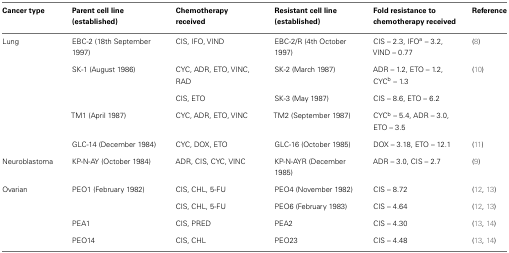
| Cancer type | Parent cell line (established) | Chemotherapy received | Resistant cell line (established) | Fold resistance to chemotherapy received | Reference |
 | --- | --- | --- | --- | --- | --- |
 | Lung | EBC-2 (18th September 1997) | CIS, IFO, VIND | EBC-2/R (4th October 1997) | CIS – 2.3, IFOa – 3.2, VIND – 0.77 | (8) |
 |  | SK-1 (August 1986) | CYC, ADR, ETO, VINC, RAD | SK-2 (March 1987) | ADR – 1.2, ETO – 1.2, CYCb – 1.3 | (10) |
 |  |  | CIS, ETO | SK-3 (May 1987) | CIS – 8.6, ETO – 6.2 |  |
 |  | TM1 (April 1987) | CYC, ADR, ETO, VINC | TM2 (September 1987) | CYCb – 5.4, ADR – 3.0, ETO – 3.5 |  |
 |  | GLC-14 (December 1984) | CYC, DOX, ETO | GLC-16 (October 1985) | DOX – 3.18, ETO – 12.1 | (11) |
 | Neuroblastoma | KP-N-AY (October 1984) | ADR, CIS, CYC, VINC | KP-N-AYR (December 1985) | ADR – 3.0, CIS – 2.7 | (9) |
 | Ovarian | PEO1 (February 1982) | CIS, CHL, 5-FU | PEO4 (November 1982) | CIS – 8.72 | (12, 13) |
 |  |  | CIS, CHL, 5-FU | PEO6 (February 1983) | CIS – 4.64 | (12, 13) |
 |  | PEA1 | CIS, PRED | PEA2 | CIS – 4.30 | (13, 14) |
 |  | PEO14 | CIS, CHL | PEO23 | CIS – 4.48 | (13, 14) |